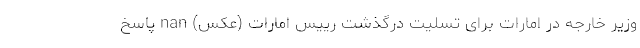
وزیر خارجه در امارات برای تسلیت درگذشت رییس امارات (عکس) nan پاسخ